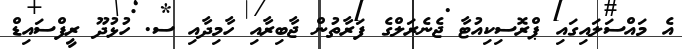
އެ މައްސަލައިގައި ޕްރޮސިކިއުޓާ ޖެނެރަލްގެ ފަރާތުން ޖާބިރާއި ހާމިދާއި ސ. ހުޅުދޫ ރީފްސައިޑް